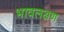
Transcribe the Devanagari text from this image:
भावलक्षण